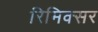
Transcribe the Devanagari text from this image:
रिमिक्सर